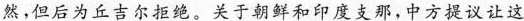
然。但后为丘吉尔拒绝。关于朝鲜和印度支那，中方提议让这